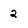
Character: 2